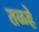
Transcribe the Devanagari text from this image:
तळहे